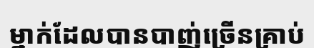
ម្នាក់ដែលបានបាញ់ច្រើនគ្រាប់